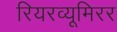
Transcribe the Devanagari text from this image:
रियरव्यूमिरर